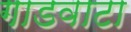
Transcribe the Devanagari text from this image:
गाडवाटा